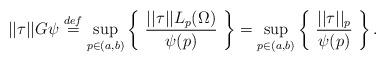
LaTeX: \begin{align*} ||\tau||G\psi \stackrel{def}{=} \sup_{p \in (a,b)} \left\{ \ \frac{||\tau||L_p(\Omega)}{\psi(p)} \ \right\} = \sup_{p \in (a,b)} \left\{ \ \frac{||\tau||_p}{\psi(p)} \ \right\}.\end{align*}